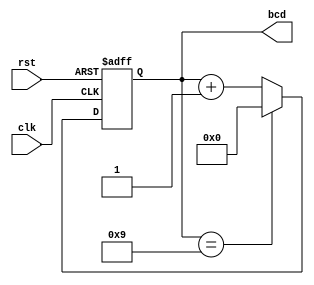
module BCDCounter (
    input wire clk,       
    input wire rst,       
    output wire [3:0] bcd 
);
    reg [3:0] count;
    always @(posedge clk or posedge rst) begin
        if (rst) begin
            count <= 4'b0000; 
        end else begin
            if (count == 4'b1001) begin
                count <= 4'b0000; 
            end else begin
                count <= count + 1;
            end
        end
    end
    assign bcd = count;
endmodule